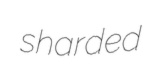
sharded